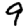
Digit: 9